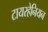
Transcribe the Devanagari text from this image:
टायरहेनियन